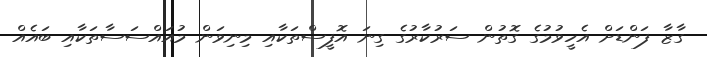
ގާޒާ ފަންޑަށް އެހީވުމުގެ ގޮތުން ސަރުކާރުގެ ގިނަ އޮފީސްތަކާއި މިނިވަން މުއައްސަސާތަކާއި ބައެއް